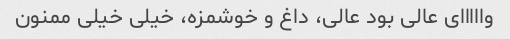
وااااای عالی بود عالی، داغ و خوشمزه، خیلی خیلی ممنون